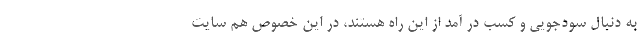
به دنبال سودجویی و کسب در آمد از این راه هستند، در این خصوص هم سایت